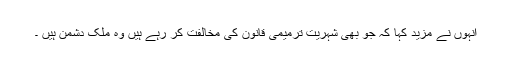
انہوں نے مزید کہا کہ جو بھی شہریت ترمیمی قانون کی مخالفت کر رہے ہیں وہ ملک دشمن ہیں ۔